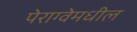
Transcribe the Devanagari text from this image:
पेराग्वेमधील